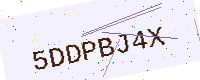
Text: 5DDPBJ4X